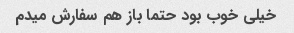
خیلی خوب بود حتما باز هم سفارش میدم